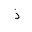
Letter: _thal